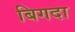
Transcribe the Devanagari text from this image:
बिगदा